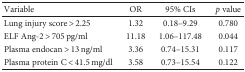
<table><thead><tr><td><b>Variable</b></td><td><b>OR</b></td><td><b>95% CIs</b></td><td><b><i>p</i> value</b></td></tr></thead><tbody><tr><td>Lung injury score &gt; 2.25</td><td>1.32</td><td>0.18–9.29</td><td>0.780</td></tr><tr><td>ELF Ang-2 &gt; 705 pg/ml</td><td>11.18</td><td>1.06–117.48</td><td>0.044</td></tr><tr><td>Plasma endocan &gt; 13 ng/ml</td><td>3.36</td><td>0.74–15.31</td><td>0.117</td></tr><tr><td>Plasma protein C &lt; 41.5 mg/dl</td><td>3.58</td><td>0.73–15.54</td><td>0.122</td></tr></tbody></table>